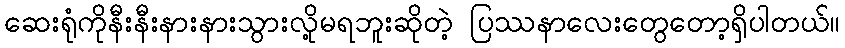
ဆေးရုံကိုနီးနီးနားနားသွားလို့မရဘူးဆိုတဲ့ ပြဿနာလေးတွေတော့ရှိပါတယ်။